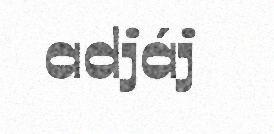
adjáj